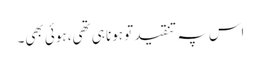
اس پہ تنقید تو ہونا ہی تھی، ہوئی بھی۔